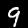
Label: 9